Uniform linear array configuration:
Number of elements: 64
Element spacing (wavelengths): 1
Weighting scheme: binomial
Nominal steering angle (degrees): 0
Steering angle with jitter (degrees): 0.4651
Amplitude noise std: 0.05
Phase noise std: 0.05

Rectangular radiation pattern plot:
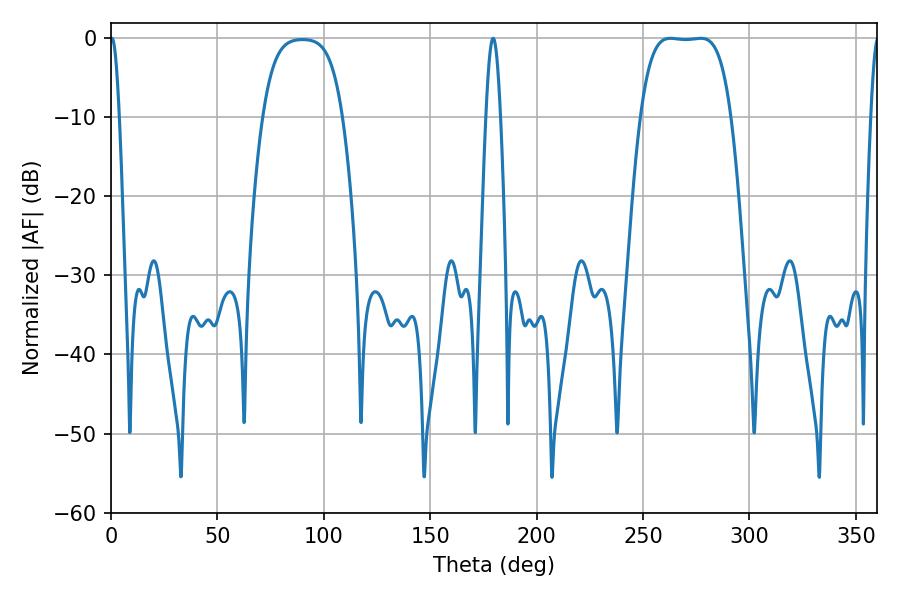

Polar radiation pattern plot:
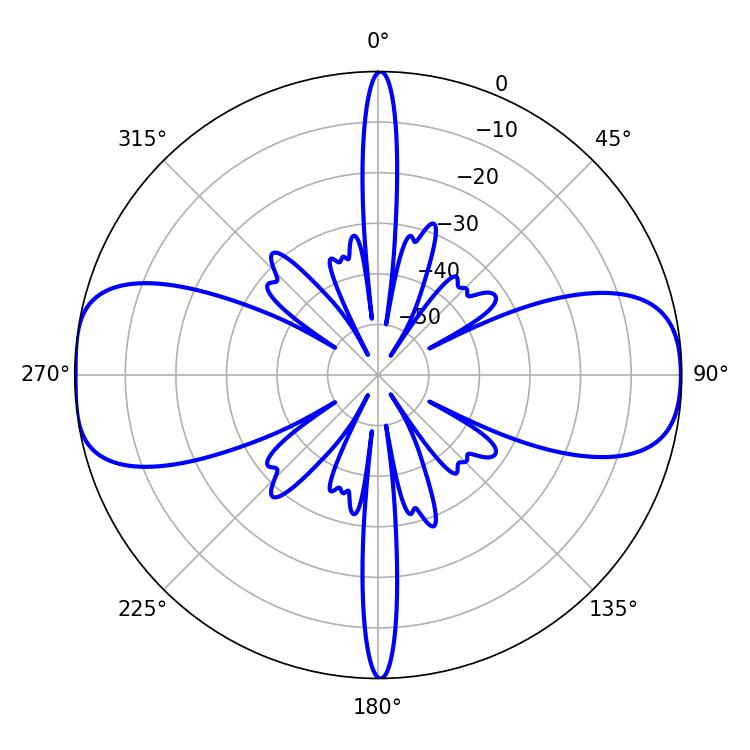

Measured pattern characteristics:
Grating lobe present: TRUE
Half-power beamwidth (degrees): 32.76
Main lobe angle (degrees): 262.8